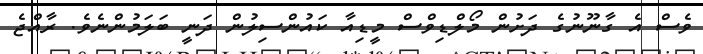
ވެސް އެ ގާނޫނުގެ ދަށުން މޯލްޑިވްސް މީޑިއާ ކައުންސިލުން ދަނީ ބަލަމުންނެވެ. ރާއްޖެ